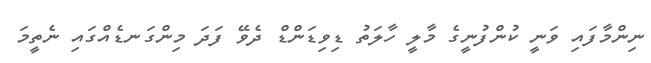
ނިންމާފައި ވަނީ ކުންފުނީގެ މާލީ ހާލަތު ޑިވިޑަންޑް ދެވޭ ފަދަ މިންގަނޑެއްގައި ނެތީމަ